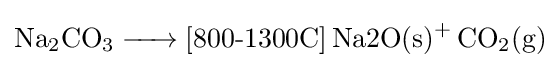
{\ce {Na2CO3 -> [{800-1300C}] {Na2O(s)}+ CO2(g)}}